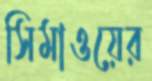
সিমাওয়ের